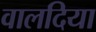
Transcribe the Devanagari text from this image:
वालदिया